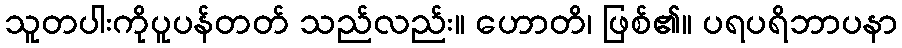
သူတပါးကိုပူပန်တတ် သည်လည်း။ ဟောတိ၊ ဖြစ်၏။ ပရပရိဘာပနာ